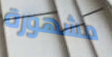
مشهورة